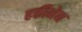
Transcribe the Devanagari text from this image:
हकीनेन